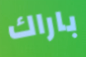
باراك